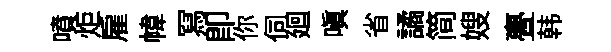
噴炬雇幃冩即你伺廻嗔省譎简嫂亹韩